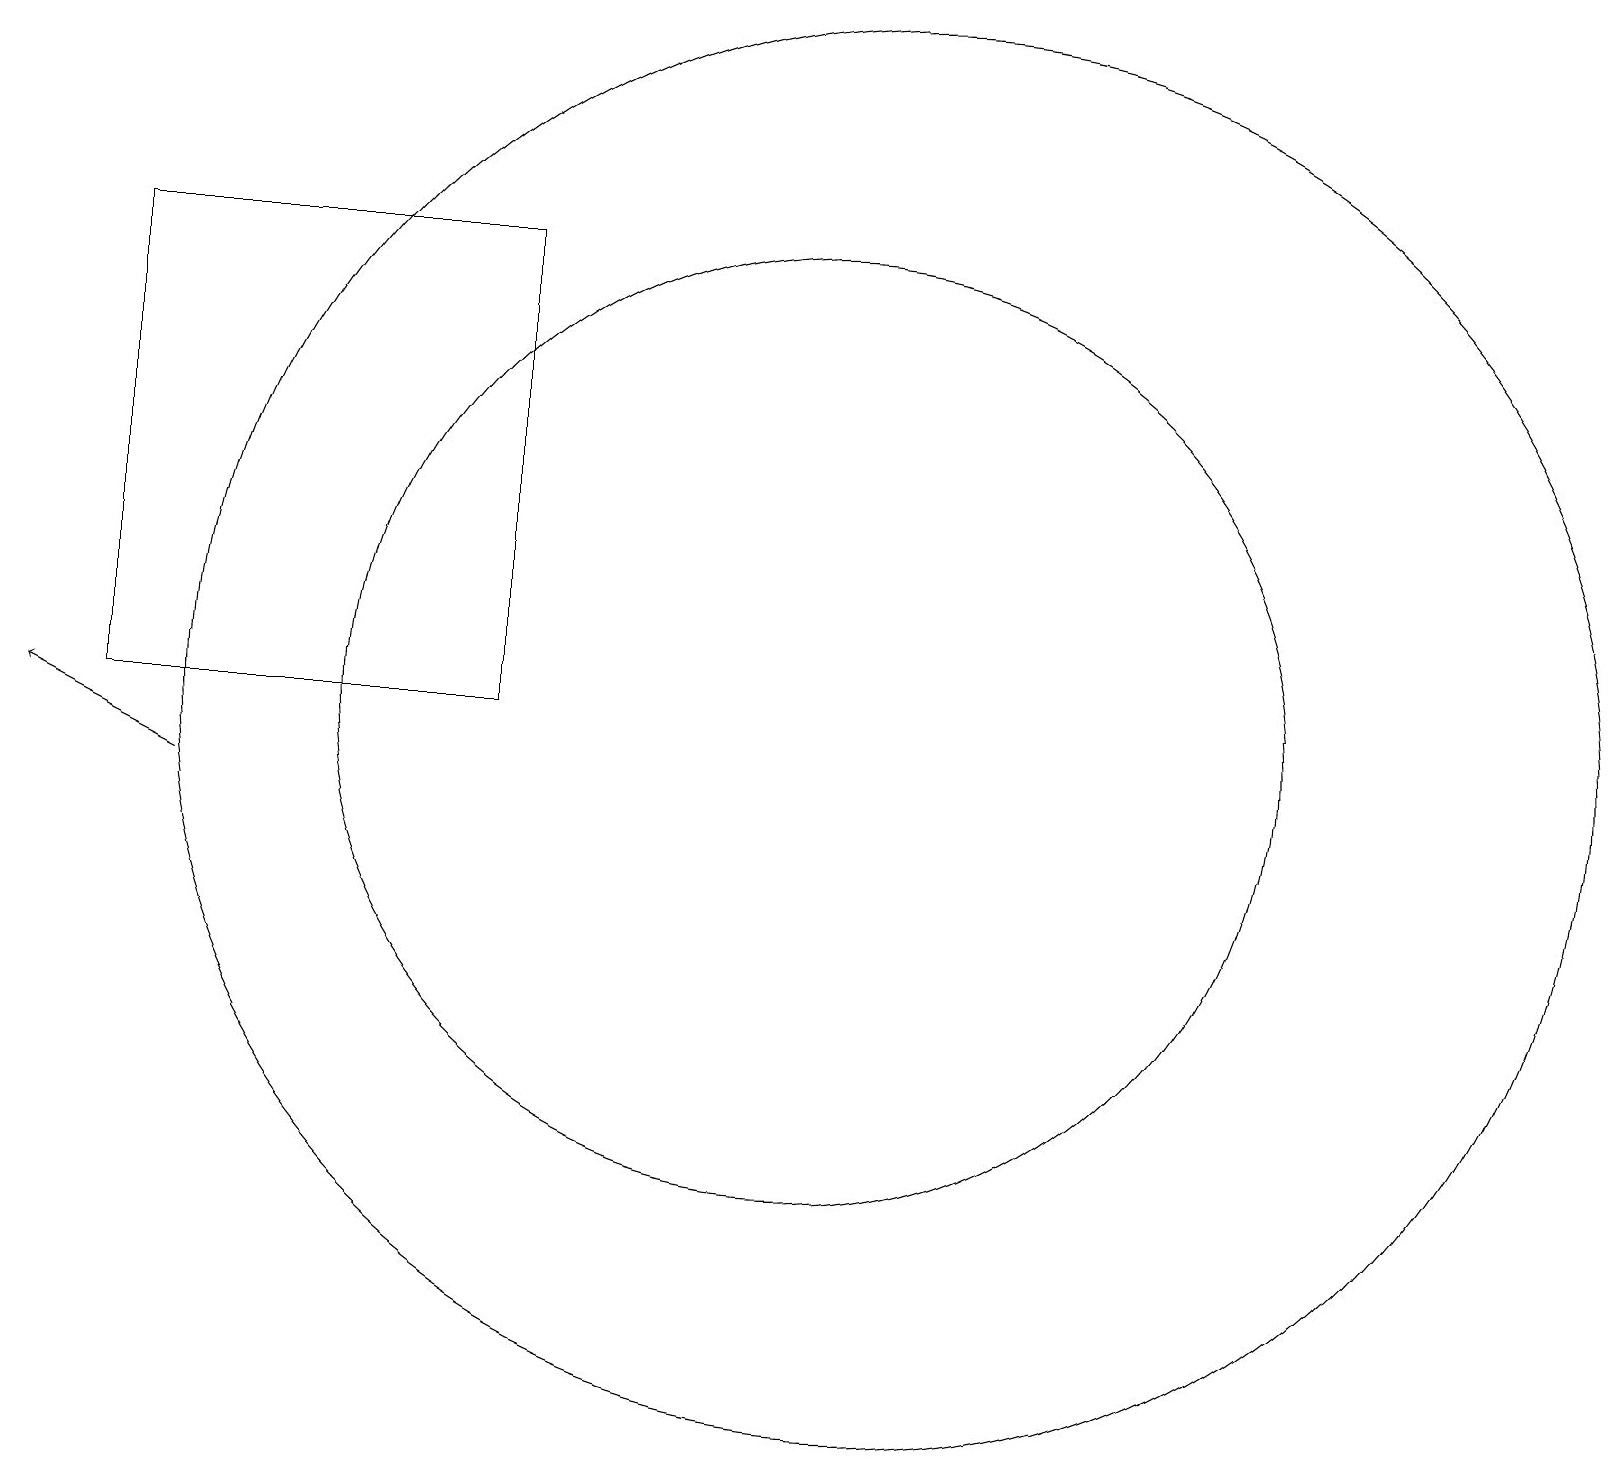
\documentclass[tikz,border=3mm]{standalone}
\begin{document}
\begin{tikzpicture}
\draw (7,12) rectangle (2,18);
\draw (12,12) circle (9);
\draw (11,12) circle (6);
\draw[->] (3,11) -- (1,12);
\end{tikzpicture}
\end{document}